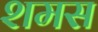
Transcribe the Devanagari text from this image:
शमस